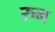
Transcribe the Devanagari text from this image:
रुन